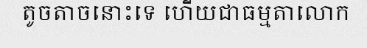
តូចតាចនោះទេ ហើយជាធម្មតាលោក